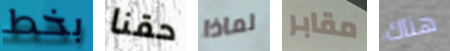
بخط حقنا لماذا مقابر هناك